Riigikantselei, lk 28
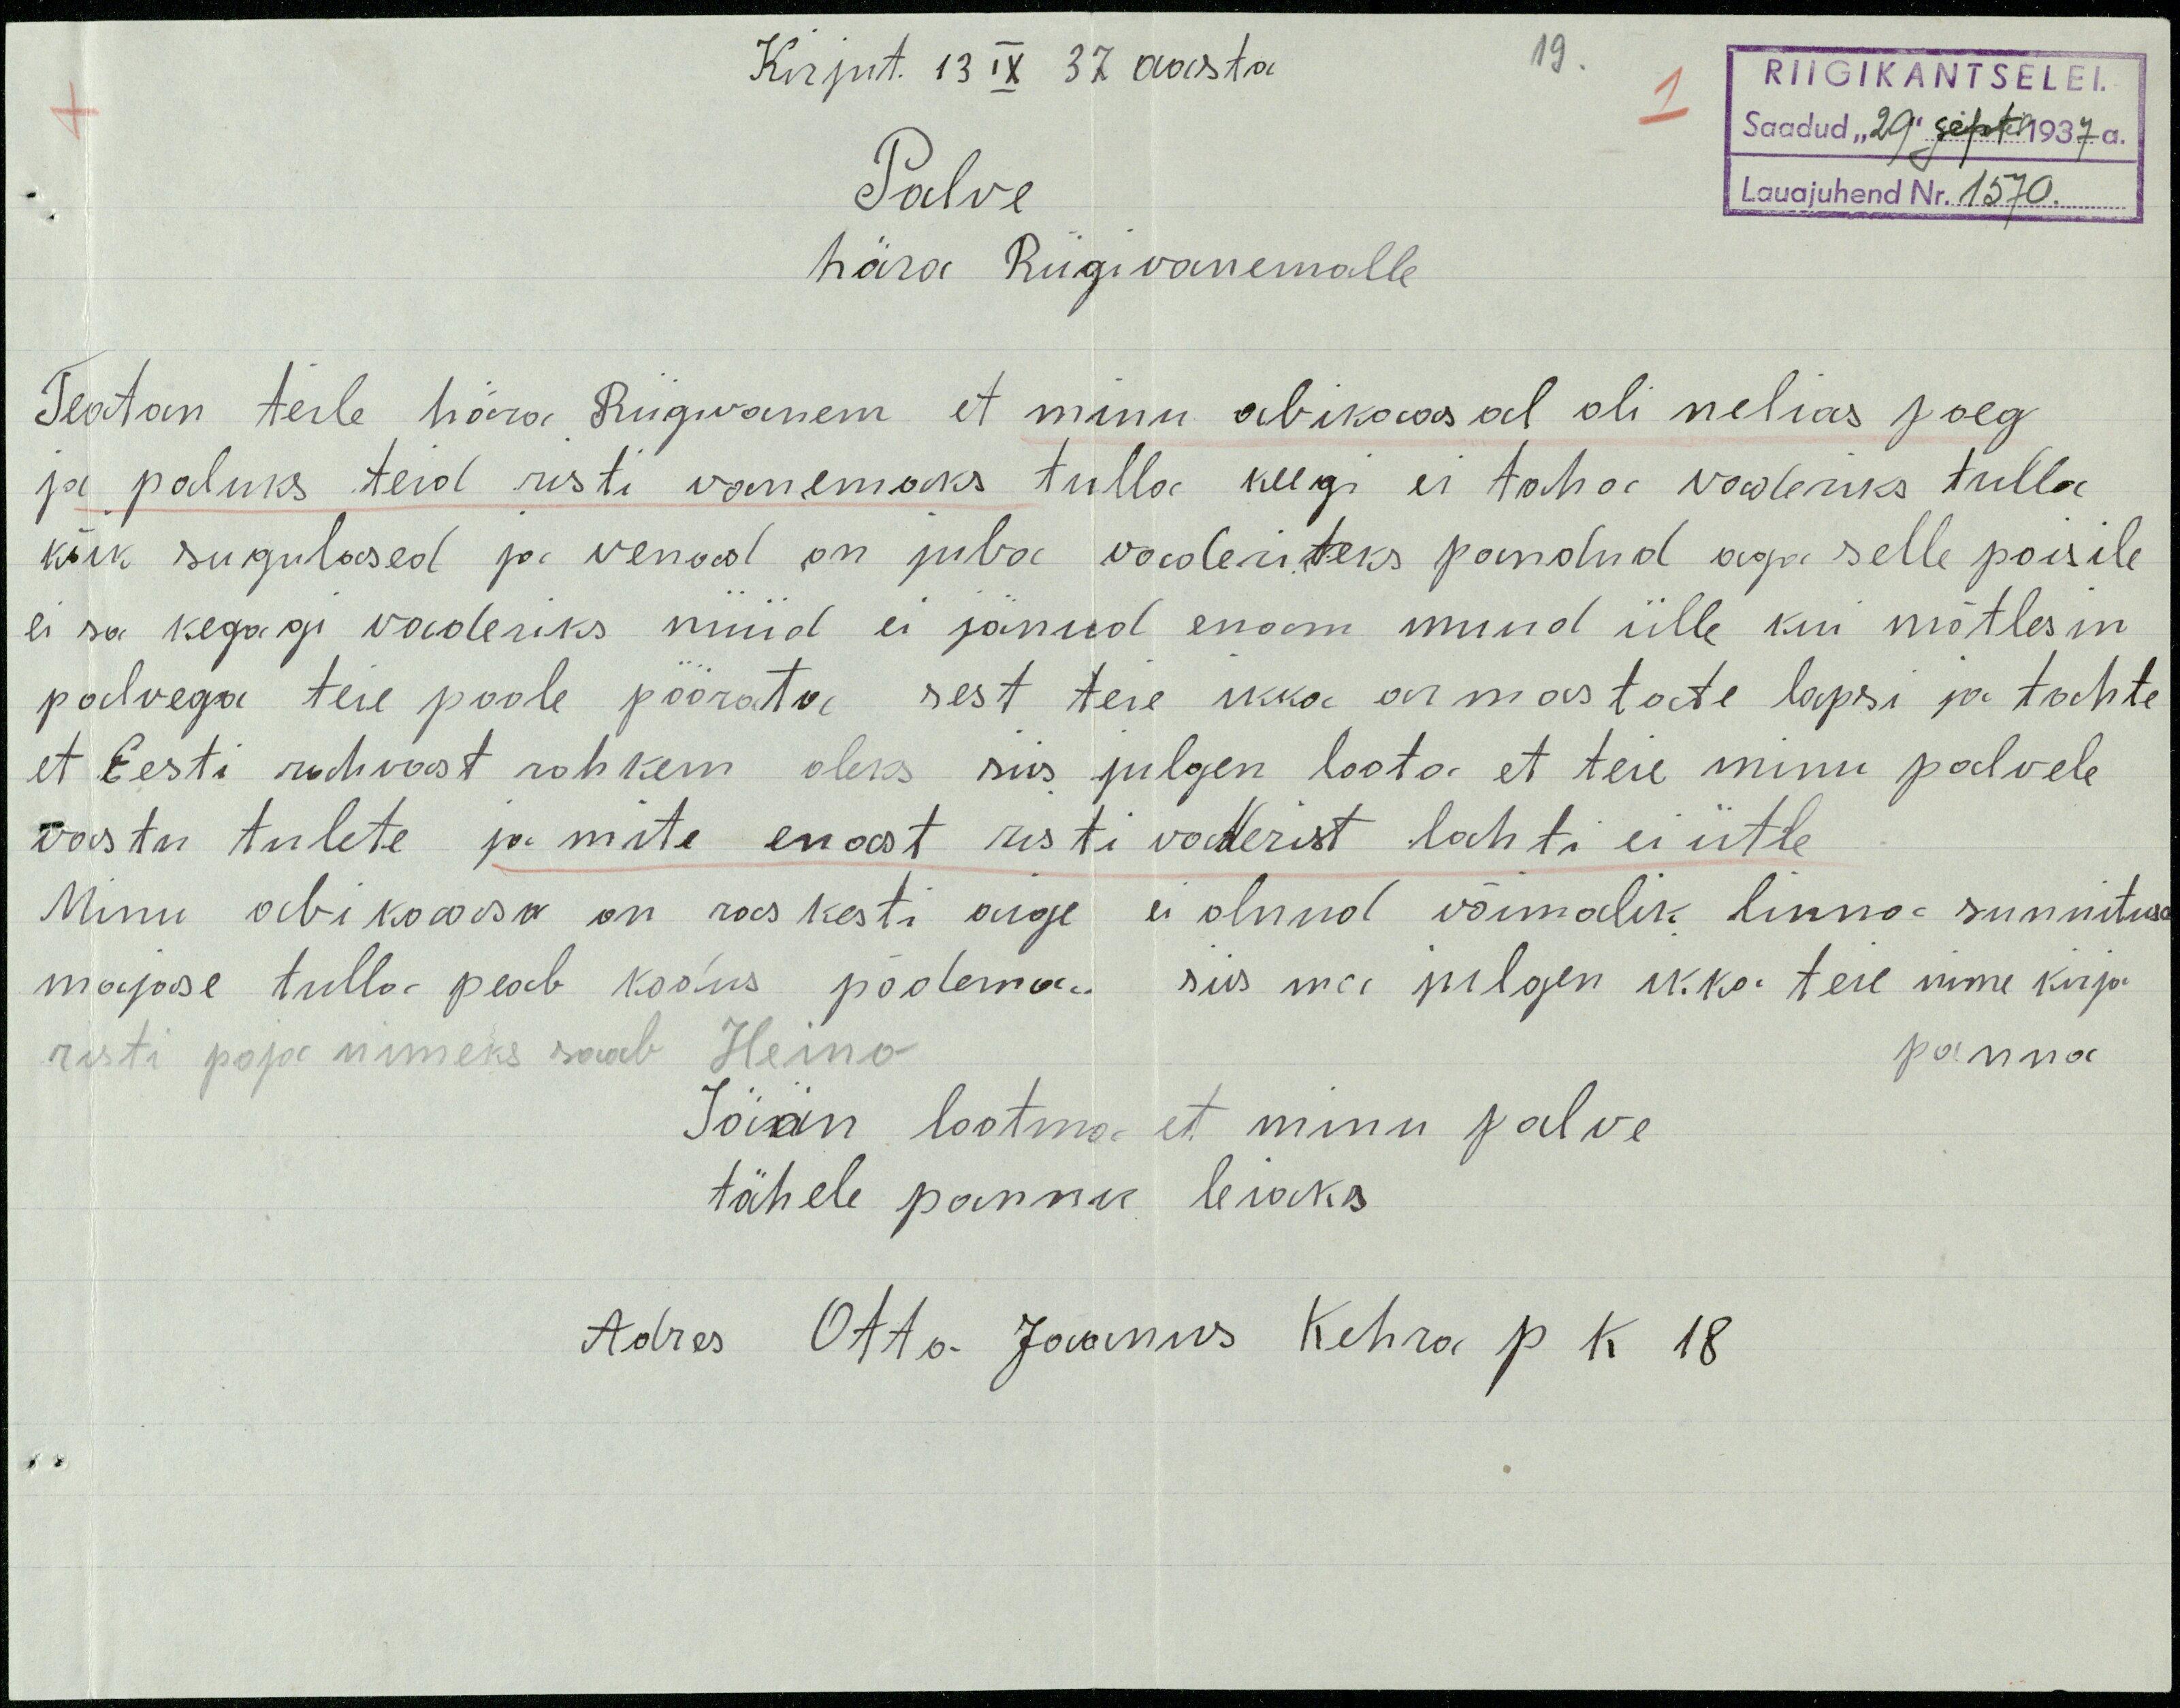
Kirjut. 13 IX 37 aasta
RIIGIKANTSELEI
Saadud "29" sept 1937 a.
Lauajuhend Nr. 1570
Palve
hära Riigivanemalle
Teatan teile hära Riigivanem et minu abikaasal oli nelias poeg
ja paluks teid risti wanemaks tulla keegi ei taha vaderiks tulla.
kõik sugulased ja vennad on juba vaderiteks pandud aga selle poisile
ei sa kedagi vaderiks nüüd ei jänud enam muud ülle kui mõtlesin
palvega teie poole pöörata, sest teie ikka armastate lapsi ja tahate
et Eesti rahvast rohkem oleks siis julgen loota et teie minu palvele
vastu tulete ja mite enast risti vaderist lahti ei ütle
Minu abikaasa on raskesti aige ei olnud võimalik linna sunnituse
majase tulla peab kodus põdema. siis ma julgen ikka teie nime kirja
panna
risti poja nimeks saab Heino
Jään lootma et minu palve
tähele pannu leiaks
Adres Otto. Jaanus Kehra p k 18